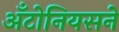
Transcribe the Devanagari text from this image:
अँटोनियसने